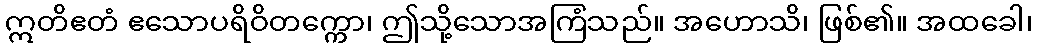
ဣတိဧတံ ဧသောပရိဝိတက္ကော၊ ဤသို့သောအကြံသည်။ အဟောသိ၊ ဖြစ်၏။ အထခေါ၊